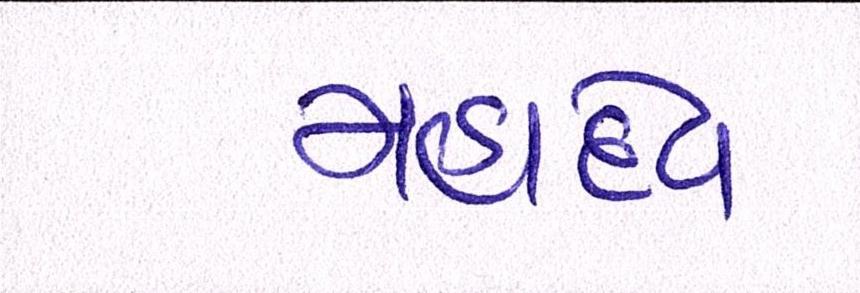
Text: મહાદેવ